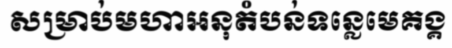
សម្រាប់មហាអនុតំបន់ទន្លេមេគង្គ